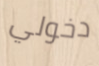
دخولي